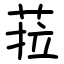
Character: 菈